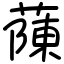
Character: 蔯